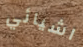
اشيائي